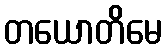
တယောတိမေ